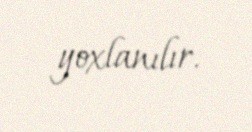
yoxlanılır.